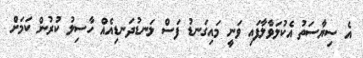
އެ ސިޔާސަތު އެކުލަވާލާފައި ވަނީ މައިގަނޑު ފަސް ލަނޑުދަނޑިއެއް ހާސިލު ކުރުން ކަމަށް